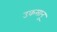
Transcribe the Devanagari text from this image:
उकसानू